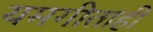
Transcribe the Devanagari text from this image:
यमगीताही